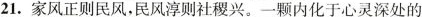
21. 家风正则民风，民风淳则社稷兴。一颗内化于心灵深处的